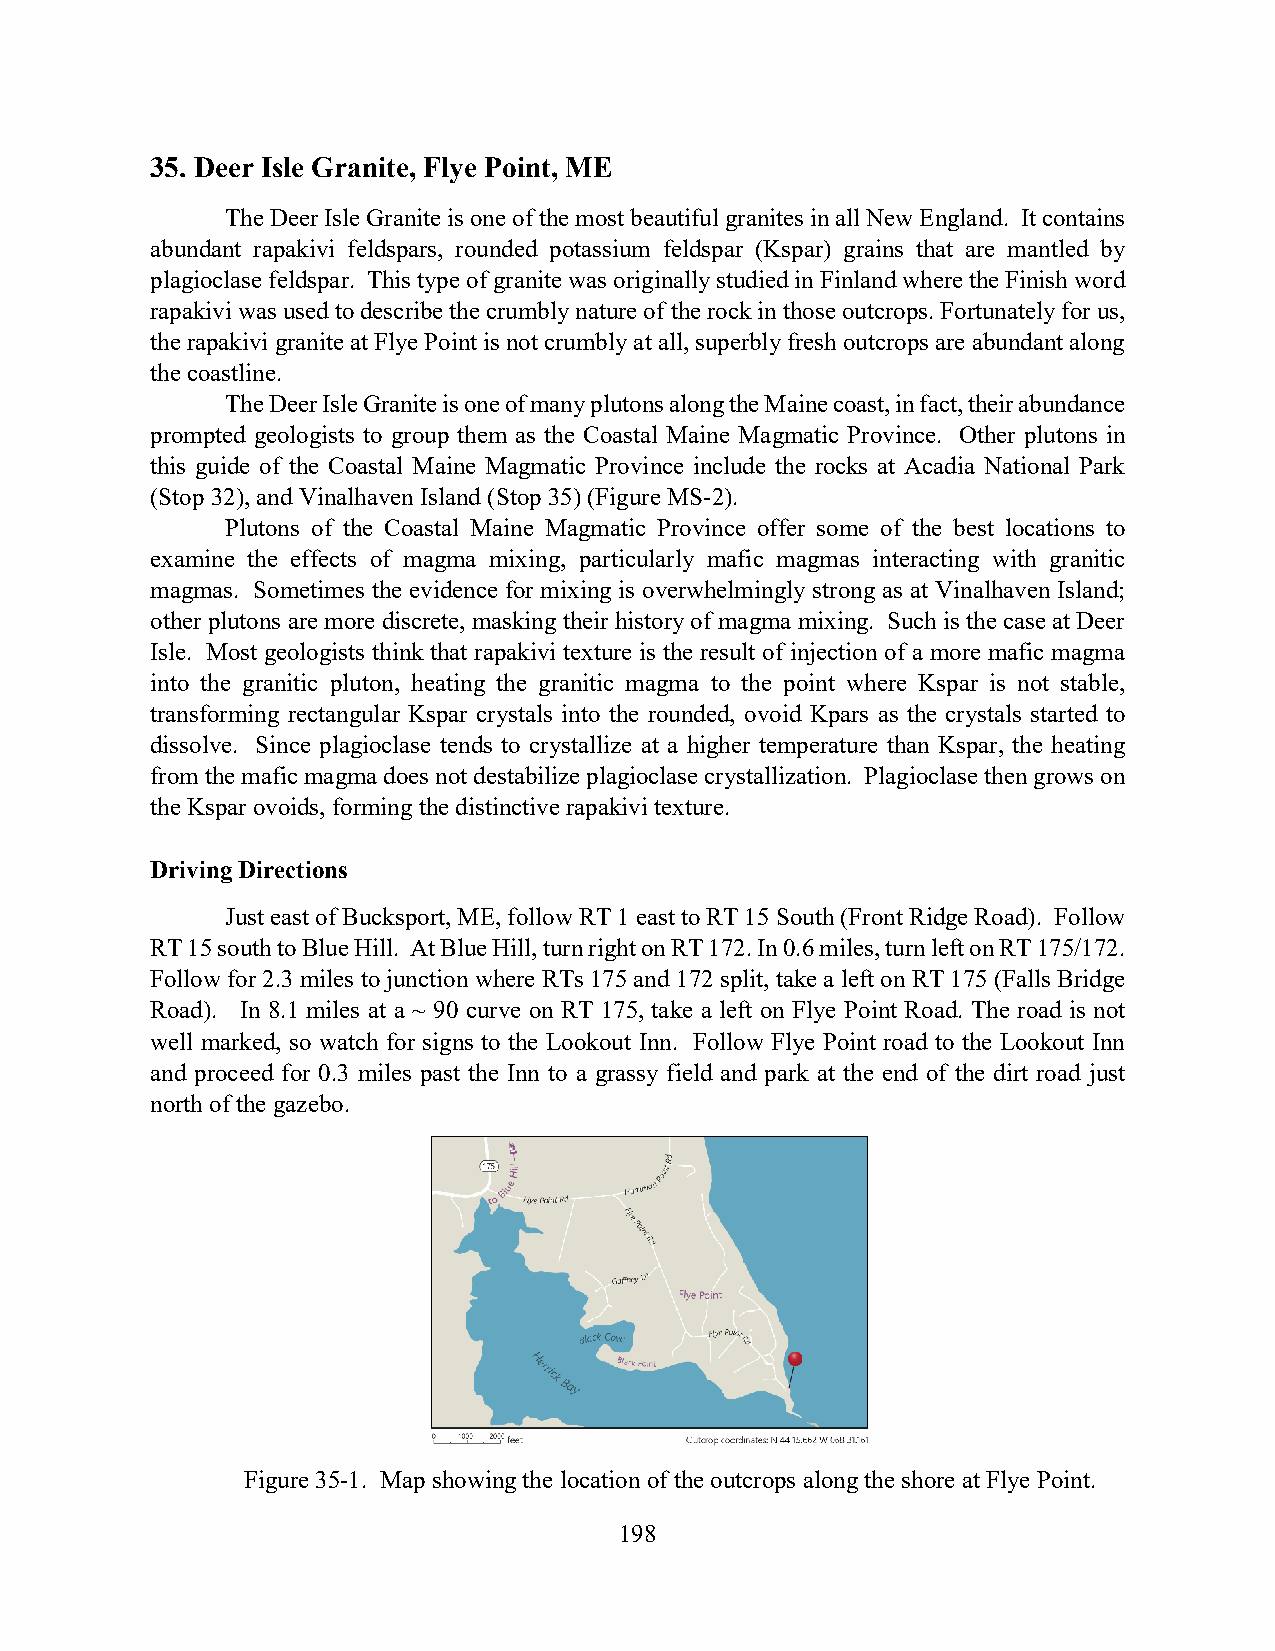
35. Deer Isle Granite, Flye Point, ME
 The Deer Isle Granite is one of the most beautiful granites in all New England. It contains
 abundant rapakivi feldspars, rounded potassium feldspar (Kspar) grains that are mantled by
 plagioclase feldspar. This type of granite was originally studied in Finland where the Finish word
 rapakivi was used to describe the crumbly nature of the rock in those outcrops. Fortunately for us,
 the rapakivi granite at Flye Point is not crumbly at all, superbly fresh outcrops are abundant along
 the coastline.
 The Deer Isle Granite is one of many plutons along the Maine coast, in fact, their abundance
 prompted geologists to group them as the Coastal Maine Magmatic Province. Other plutons in
 this guide of the Coastal Maine Magmatic Province include the rocks at Acadia National Park
 (Stop 32), and Vinalhaven Island (Stop 35) (Figure MS-2).
 Plutons of the Coastal Maine Magmatic Province offer some of the best locations to
 examine the effects of magma mixing, particularly mafic magmas interacting with granitic
 magmas. Sometimes the evidence for mixing is overwhelmingly strong as at Vinalhaven Island;
 other plutons are more discrete, masking their history of magma mixing. Such is the case at Deer
 Isle. Most geologists think that rapakivi texture is the result of injection of a more mafic magma
 into the granitic pluton, heating the granitic magma to the point where Kspar is not stable,
 transforming rectangular Kspar crystals into the rounded, ovoid Kpars as the crystals started to
 dissolve. Since plagioclase tends to crystallize at a higher temperature than Kspar, the heating
 from the mafic magma does not destabilize plagioclase crystallization. Plagioclase then grows on
 the Kspar ovoids, forming the distinctive rapakivi texture.
 Driving Directions
 Just east of Bucksport, ME, follow RT 1 east to RT 15 South (Front Ridge Road). Follow
 RT 15 south to Blue Hill. At Blue Hill, turn right on RT 172. In 0.6 miles, turn left on RT 175/172.
 Follow for 2.3 miles to junction where RTs 175 and 172 split, take a left on RT 175 (Falls Bridge
 Road). In 8.1 miles at a ~ 90 curve on RT 175, take a left on Flye Point Road. The road is not
 well marked, so watch for signs to the Lookout Inn. Follow Flye Point road to the Lookout Inn
 and proceed for 0.3 miles past the Inn to a grassy field and park at the end of the dirt road just
 north of the gazebo.
 Figure 35-1. Map showing the location of the outcrops along the shore at Flye Point.
 198